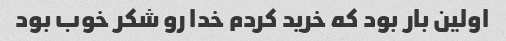
اولین بار بود که خرید کردم خدا رو شکر خوب بود